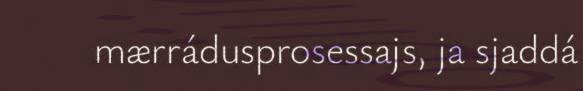
mærrádusprosessajs, ja sjaddá